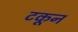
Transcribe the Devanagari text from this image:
टकून